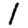
Digit: 1